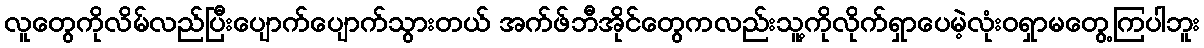
လူတွေကိုလိမ်လည်ပြီးပျောက်ပျောက်သွားတယ် အက်ဖ်ဘီအိုင်တွေကလည်းသူ့ကိုလိုက်ရှာပေမဲ့လုံးဝရှာမတွေ့ကြပါဘူး